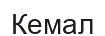
Кемал